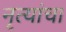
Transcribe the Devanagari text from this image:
नृत्यांचा